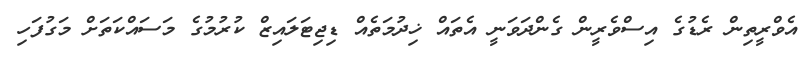
އެވްރީތިން ރެޑުގެ އިސްވެރީން ގެންދަވަނީ އެތައް ޚިދުމަތެއް ޑިޖިޓަލައިޒް ކުރުމުގެ މަސައްކަތަށް މަގުފަހި